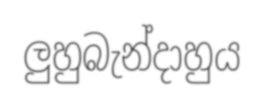
ලුහුබැන්දාහුය